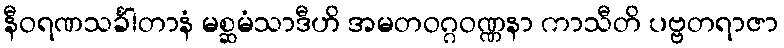
နီဝရဏသင်္ခါတာနံ မစ္ဆမံသာဒီဟိ အမတဝဂ္ဂဝဏ္ဏနာ ကာသီတိ ပဗ္ဗတရာဇာ